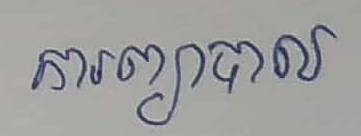
ការព្យាបាល